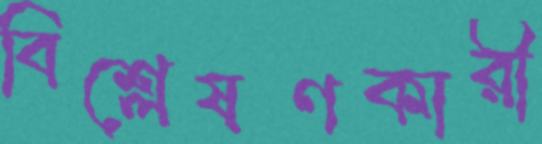
বিশ্লেষণকারী